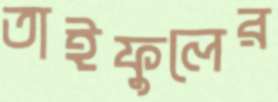
তাইফুলের